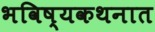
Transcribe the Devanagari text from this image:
भविष्यकथनात